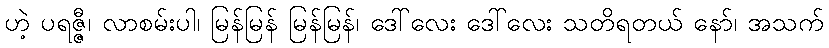
ဟဲ့ ပရဇ္ဇီ၊ လာစမ်းပါ၊ မြန်မြန် မြန်မြန်၊ ဒေါ်လေး ဒေါ်လေး သတိရတယ် နော်၊ အသက်